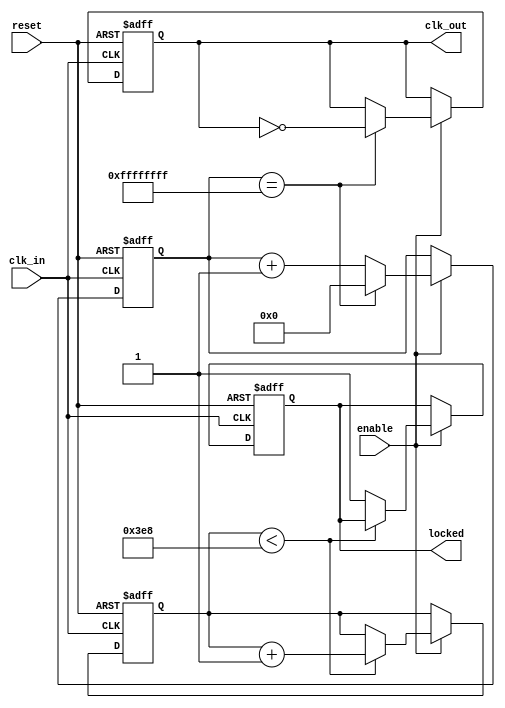
module parameterized_PLL #(
    parameter INPUT_FREQ = 50_000_000, // Input clock frequency in Hz
    parameter OUTPUT_FREQ = 100_000_000, // Desired output frequency in Hz
    parameter PHASE_OFFSET = 0, // Phase offset in degrees
    parameter LOCK_TIME = 1000, // Lock time in time units
    parameter NUM_STAGES = 4 // Number of frequency division stages
)(
    input wire clk_in, // Input clock signal
    input wire reset, // Asynchronous reset signal
    input wire enable, // Control signal to enable PLL
    output reg clk_out, // Output clock signal
    output reg locked // Status signal indicating lock status
);

// Internal Signals
reg [31:0] phase_accumulator;
reg [31:0] frequency_divider;
reg [31:0] phase_detector_out;
reg [31:0] loop_filter_out;
reg [31:0] vco_output;
reg [31:0] lock_counter;

// VCO frequency scaling factor
localparam VCO_SCALE = INPUT_FREQ / OUTPUT_FREQ;

// Generate the output clock based on the VCO output
always @(posedge clk_in or posedge reset) begin
    if (reset) begin
        clk_out <= 0;
        phase_accumulator <= 0;
        frequency_divider <= 0;
        phase_detector_out <= 0;
        loop_filter_out <= 0;
        vco_output <= 0;
        locked <= 0;
        lock_counter <= 0;
    end else if (enable) begin
        // Phase accumulation logic
        phase_accumulator <= phase_accumulator + VCO_SCALE;

        // Phase detection logic (simplified)
        phase_detector_out <= phase_accumulator - (OUTPUT_FREQ * PHASE_OFFSET / INPUT_FREQ);

        // Loop filter (simple proportional filter for demonstration)
        loop_filter_out <= phase_detector_out >> 2; // Example: simple averaging

        // VCO output generation
        if (loop_filter_out > 0) begin
            vco_output <= vco_output + loop_filter_out; // Adjust VCO frequency
        end else begin
            vco_output <= vco_output - loop_filter_out; // Adjust VCO frequency
        end

        // Frequency division to generate clk_out
        if (frequency_divider == (INPUT_FREQ / OUTPUT_FREQ) - 1) begin
            clk_out <= ~clk_out; // Toggle clk_out
            frequency_divider <= 0; // Reset frequency divider
        end else begin
            frequency_divider <= frequency_divider + 1; // Increment divider
        end

        // Locking mechanism
        if (lock_counter < LOCK_TIME) begin
            lock_counter <= lock_counter + 1; // Increment lock counter
        end else begin
            locked <= 1; // PLL is locked after lock time
        end
    end
end

endmodule